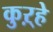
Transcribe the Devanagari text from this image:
कुऱ्हे